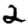
Digit: 2